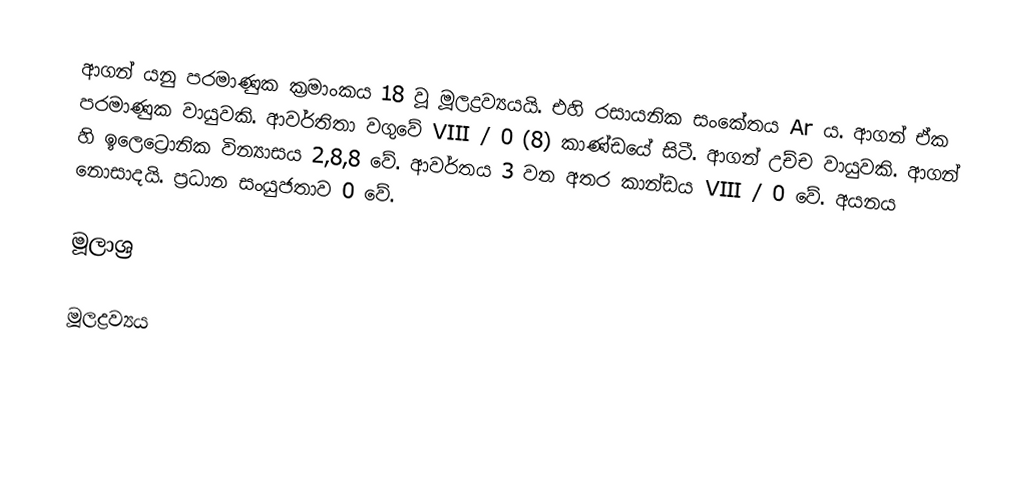
ආගන් යනු පරමාණුක ක්‍රමාංකය 18 වූ මූලද්‍රව්‍යයයි. එහි රසායනික සංකේතය Ar ය. ආගන් ඒක පරමාණුක වායුවකි. ආවර්තිතා වගුවේ VIII / 0 (8) කාණ්‍ඩයේ සිටී. ආගන් උච්ච වායුවකි. ආගන් හි ඉලෙට්‍රොනික වින්‍යාසය 2,8,8 වේ. ආවර්තය 3 වන අතර කාන්ඩය VIII / 0 වේ. අයනය නොසාදයි. ප්‍රධාන සංයුජතාව 0 වේ.

මූලාශ්‍ර

මූලද්‍රව්‍යය